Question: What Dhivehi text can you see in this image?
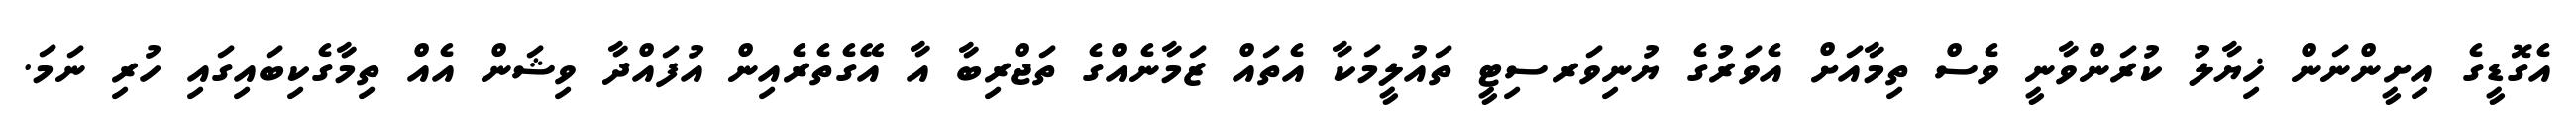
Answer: އެގޮޑީގެ އިށީންނަން ޚިޔާލު ކުރަންވާނީ ވެސް ތިމާއަށް އެވަރުގެ ޔުނިވަރސިޓީ ތައުލީމަކާ އެތައް ޒަމާނެއްގެ ތަޖްރިބާ އާ އޭގެތެރެއިން އުފައްދާ ވިޝަން އެއް ތިމާގެކިބައިގައި ހުރި ނަމަ.